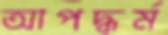
আপদ্‌ধর্ম